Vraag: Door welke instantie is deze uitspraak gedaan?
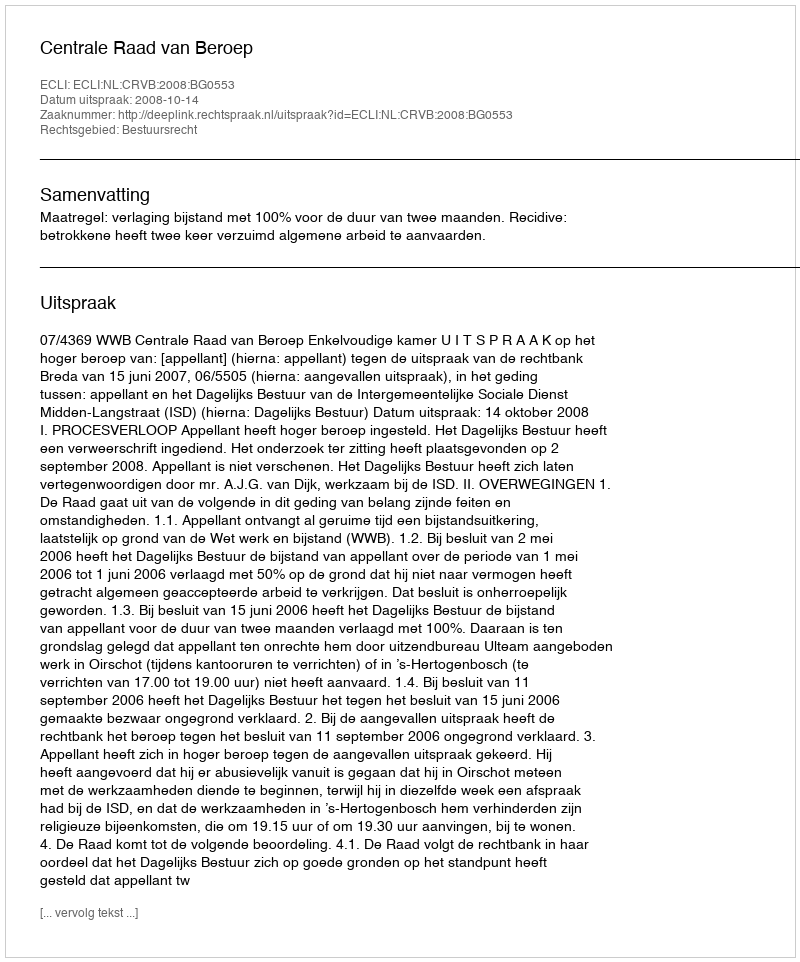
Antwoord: Centrale Raad van Beroep